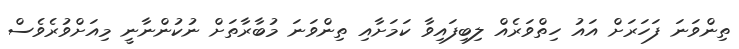
ތިންވަނަ ފަހަރަށް އައު ހިތްވަރެއް ލިބިފައިވާ ކަމަށާއި ތިންވަނަ މުބާރާތަށް ނުކުންނާނީ މިއަށްވުރެވެސް